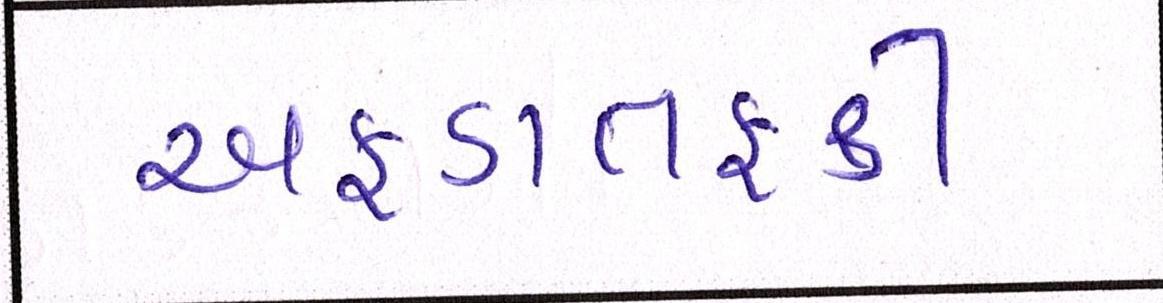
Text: અફડાતફડી